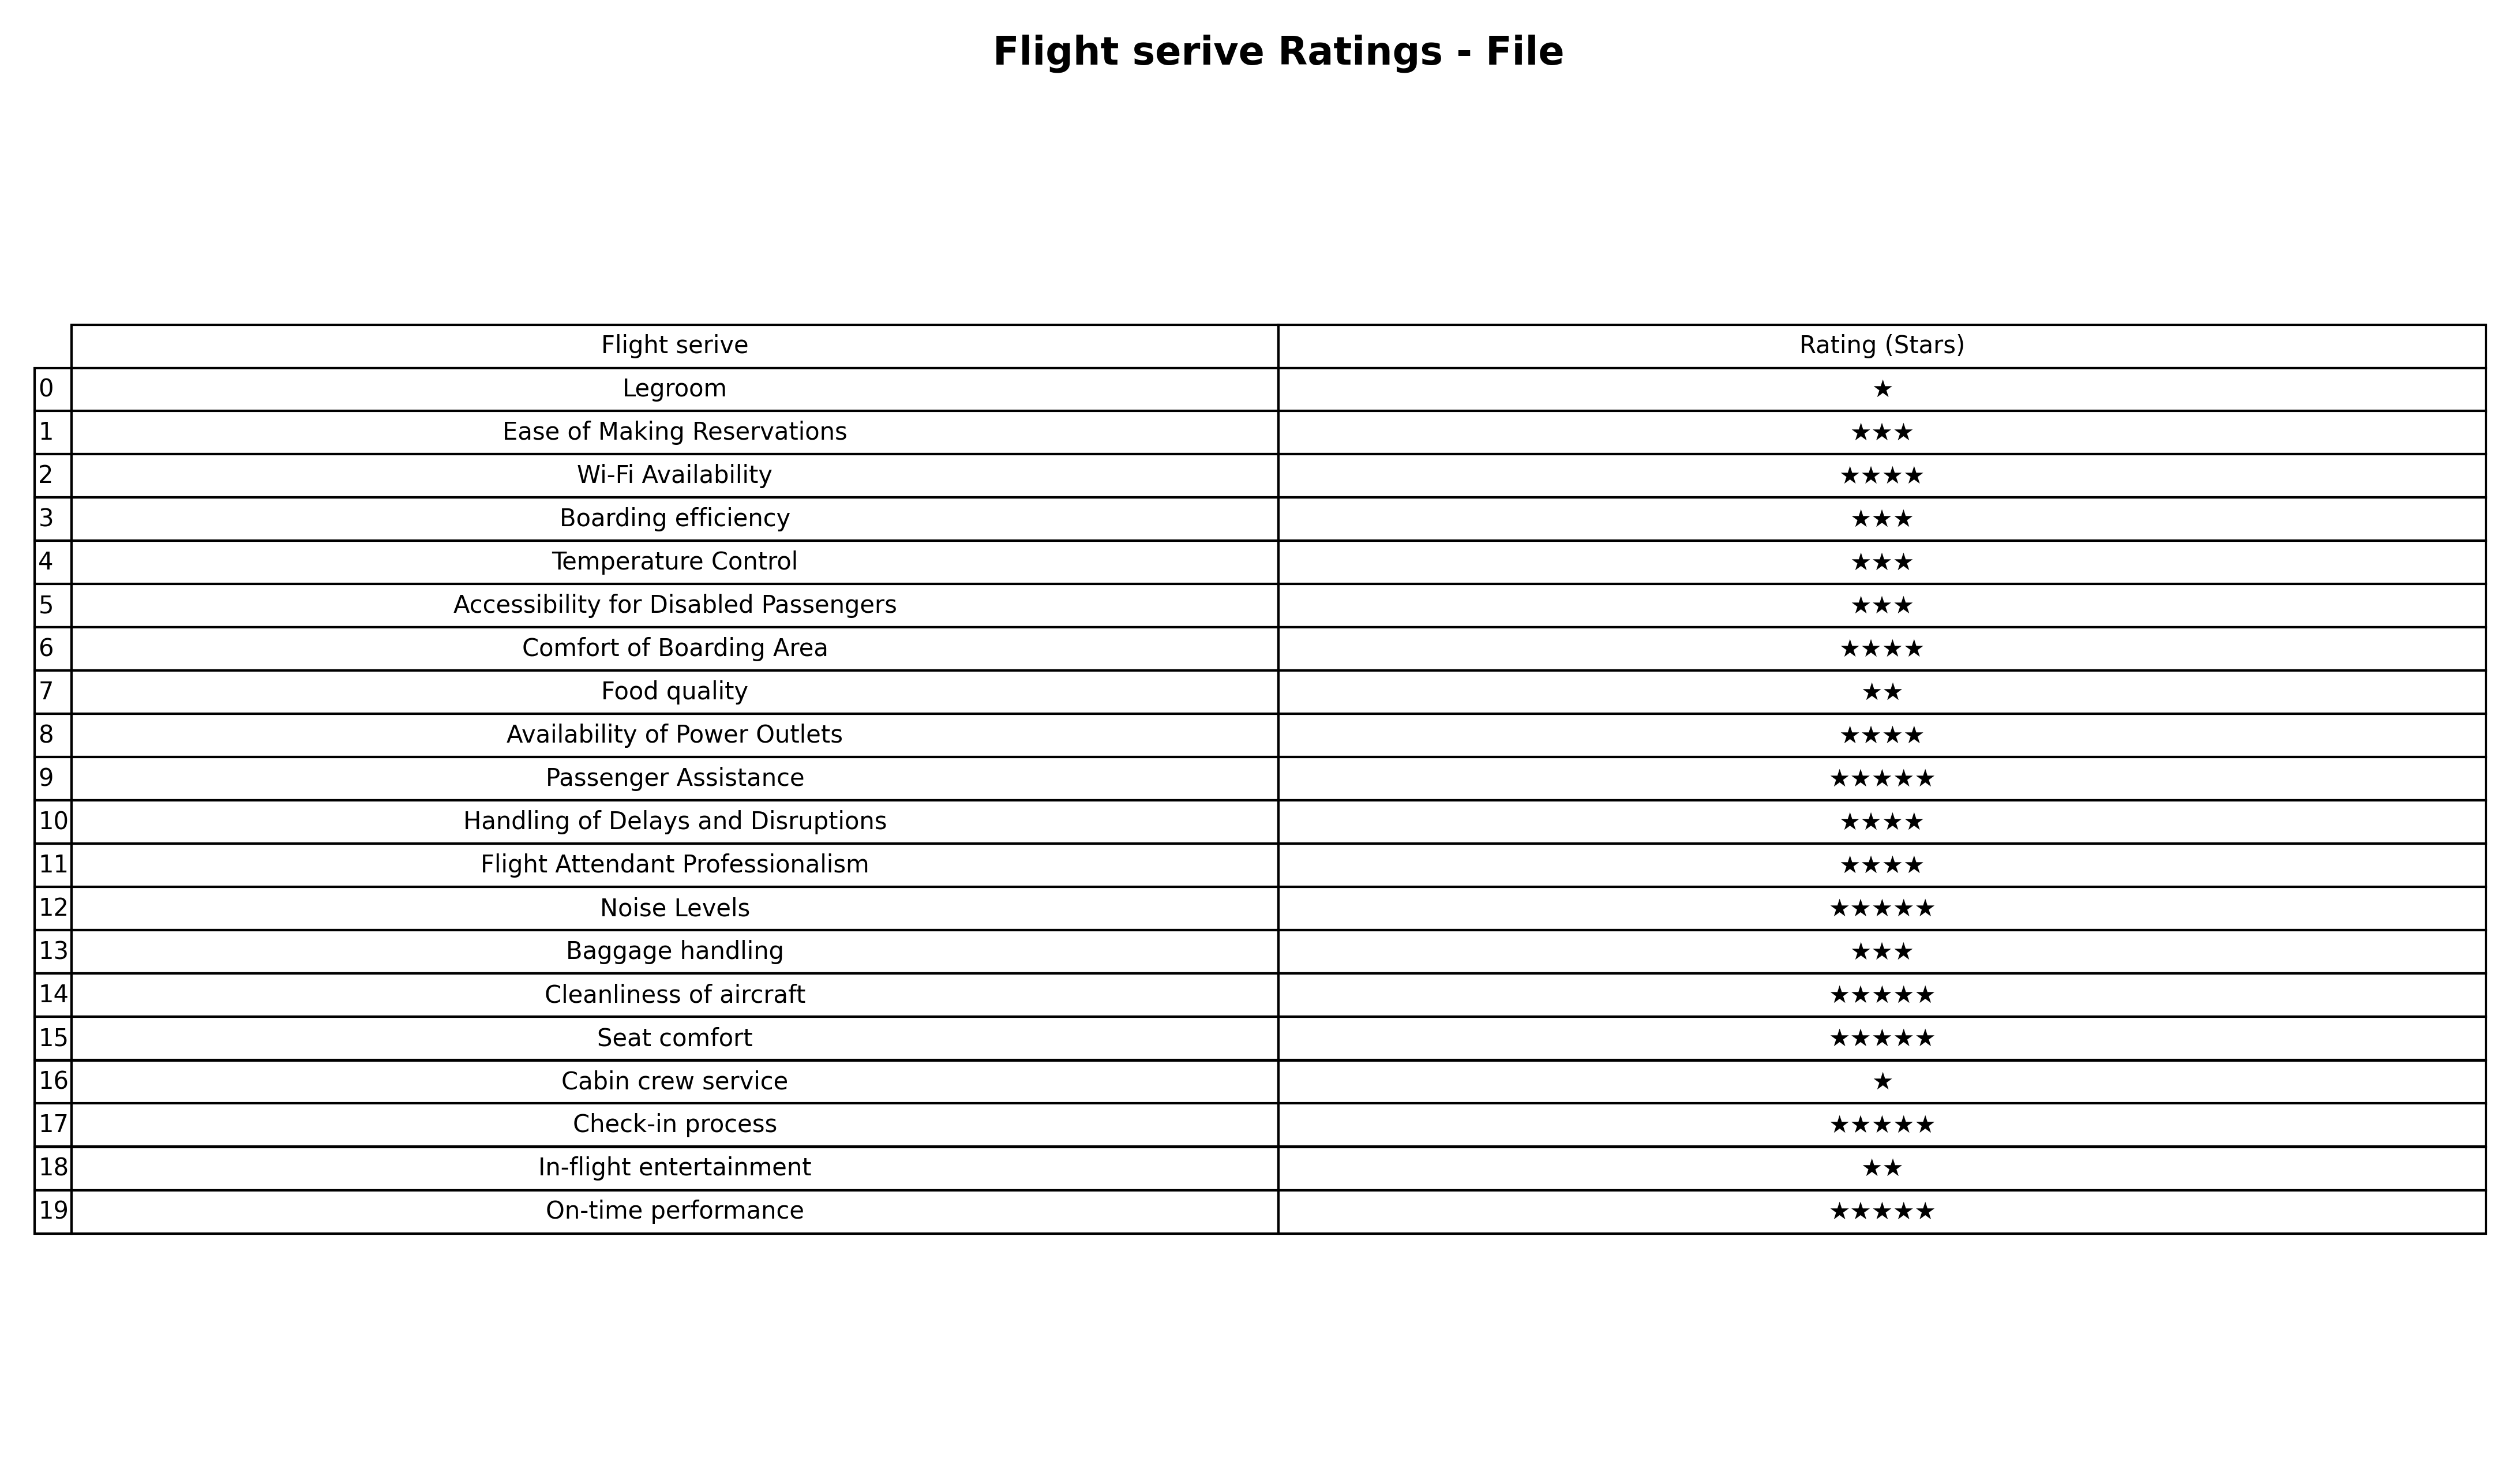
question: What is the rating of Baggage handling?
answer: ★★★